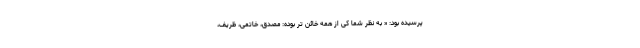
پرسیده بود: « به نظر شما کی از همه خائن تر بوده: مصدق، خاتمی، ظریف،